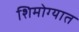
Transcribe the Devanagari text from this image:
शिमोग्यात